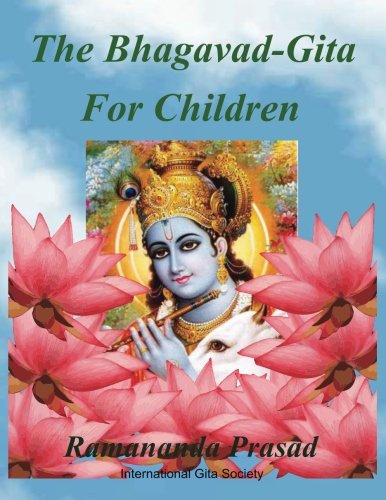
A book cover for The Bhagavad-Gita (For Children and Beginners): In both English and Hindi lnguages; Dr. Ramananda Prasad Ph.D.; Religion & Spirituality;